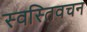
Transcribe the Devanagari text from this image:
स्वस्तिवचन